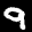
Label: 9